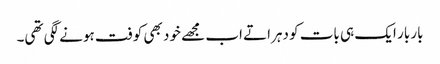
بار بار ایک ہی بات کو دہراتے اب مجھے خود بھی کوفت ہونے لگی تھی۔